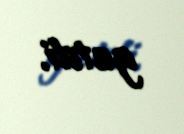
getdi.